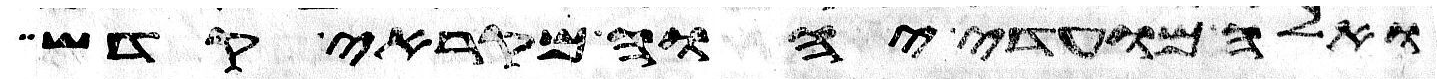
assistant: ואלה מועדי יהוה מקראי קדש